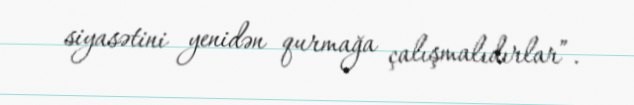
siyasətini yenidən qurmağa çalışmalıdırlar”.